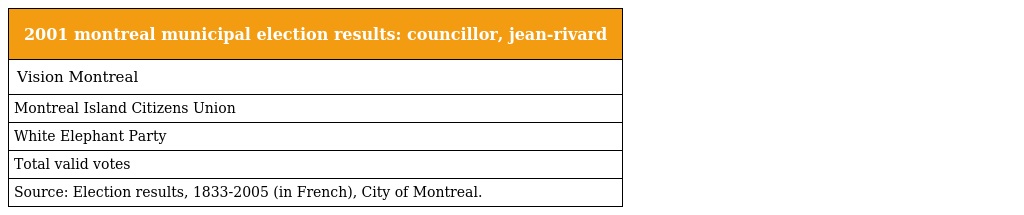
| 2001 montreal municipal election results: councillor, jean-rivard |
 | --- |
 | Vision Montreal |
 | Montreal Island Citizens Union |
 | White Elephant Party |
 | Total valid votes |
 | Source: Election results, 1833-2005 (in French), City of Montreal. |